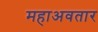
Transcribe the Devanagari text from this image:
महाअवतार